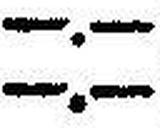
—.—